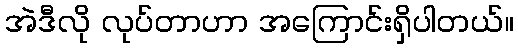
အဲဒီလို လုပ်တာဟာ အကြောင်းရှိပါတယ်။